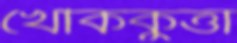
খেঁকিকুত্তা